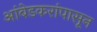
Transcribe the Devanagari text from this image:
आंबेडकरांपासून